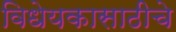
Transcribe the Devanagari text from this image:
विधेयकासाठीचे